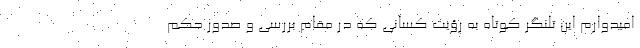
امیدوارم این تلنگر کوتاه به رؤیت کسانی که در مقام بررسی و صدور حکم